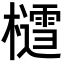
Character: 𪴐